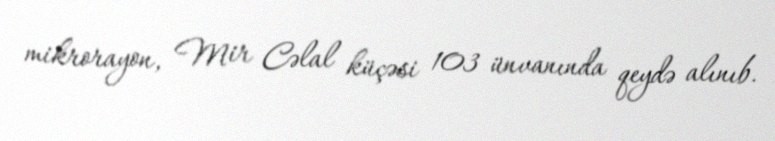
mikrorayon, Mir Cəlal küçəsi 103 ünvanında qeydə alınıb.